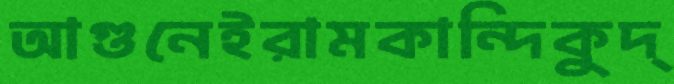
আগুনেইরামকান্দিকুদ্‌